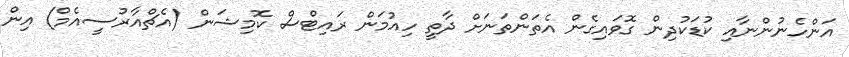
އަންހެނުންނާއި ކުޑަކުދިން ގޮވައިގެން އެތަންތަނަށް ދާތީ ހިއުމަން ރައިޓްސް ކޮމިޝަން (އެޗްއާރުސީއެމް) އިން